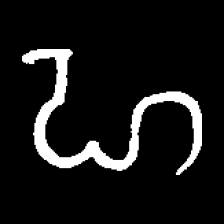
Pyu character \u2014 Myanmar letter: ဟ (romanized: ha)